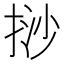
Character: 挱